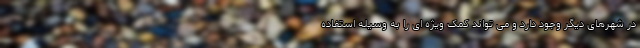
در شهرهای دیگر وجود دارد و می تواند کمک ویژه ای را به وسیله استفاده